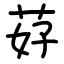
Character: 䒵